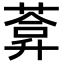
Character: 𦷼